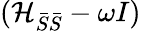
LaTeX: (\mathcal{H}_{\bar{S}\bar{S}}-\omega I)